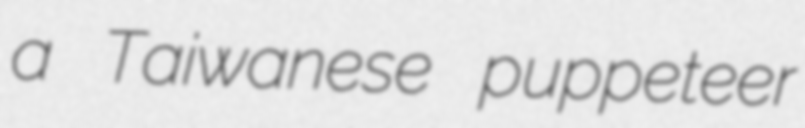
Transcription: a Taiwanese puppeteer